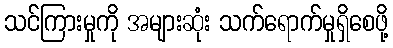
သင်ကြားမှုကို အများဆုံး သက်ရောက်မှုရှိစေဖို့